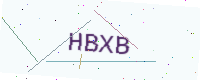
Text: HBXB